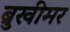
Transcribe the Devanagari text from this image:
ब्रुखीमर